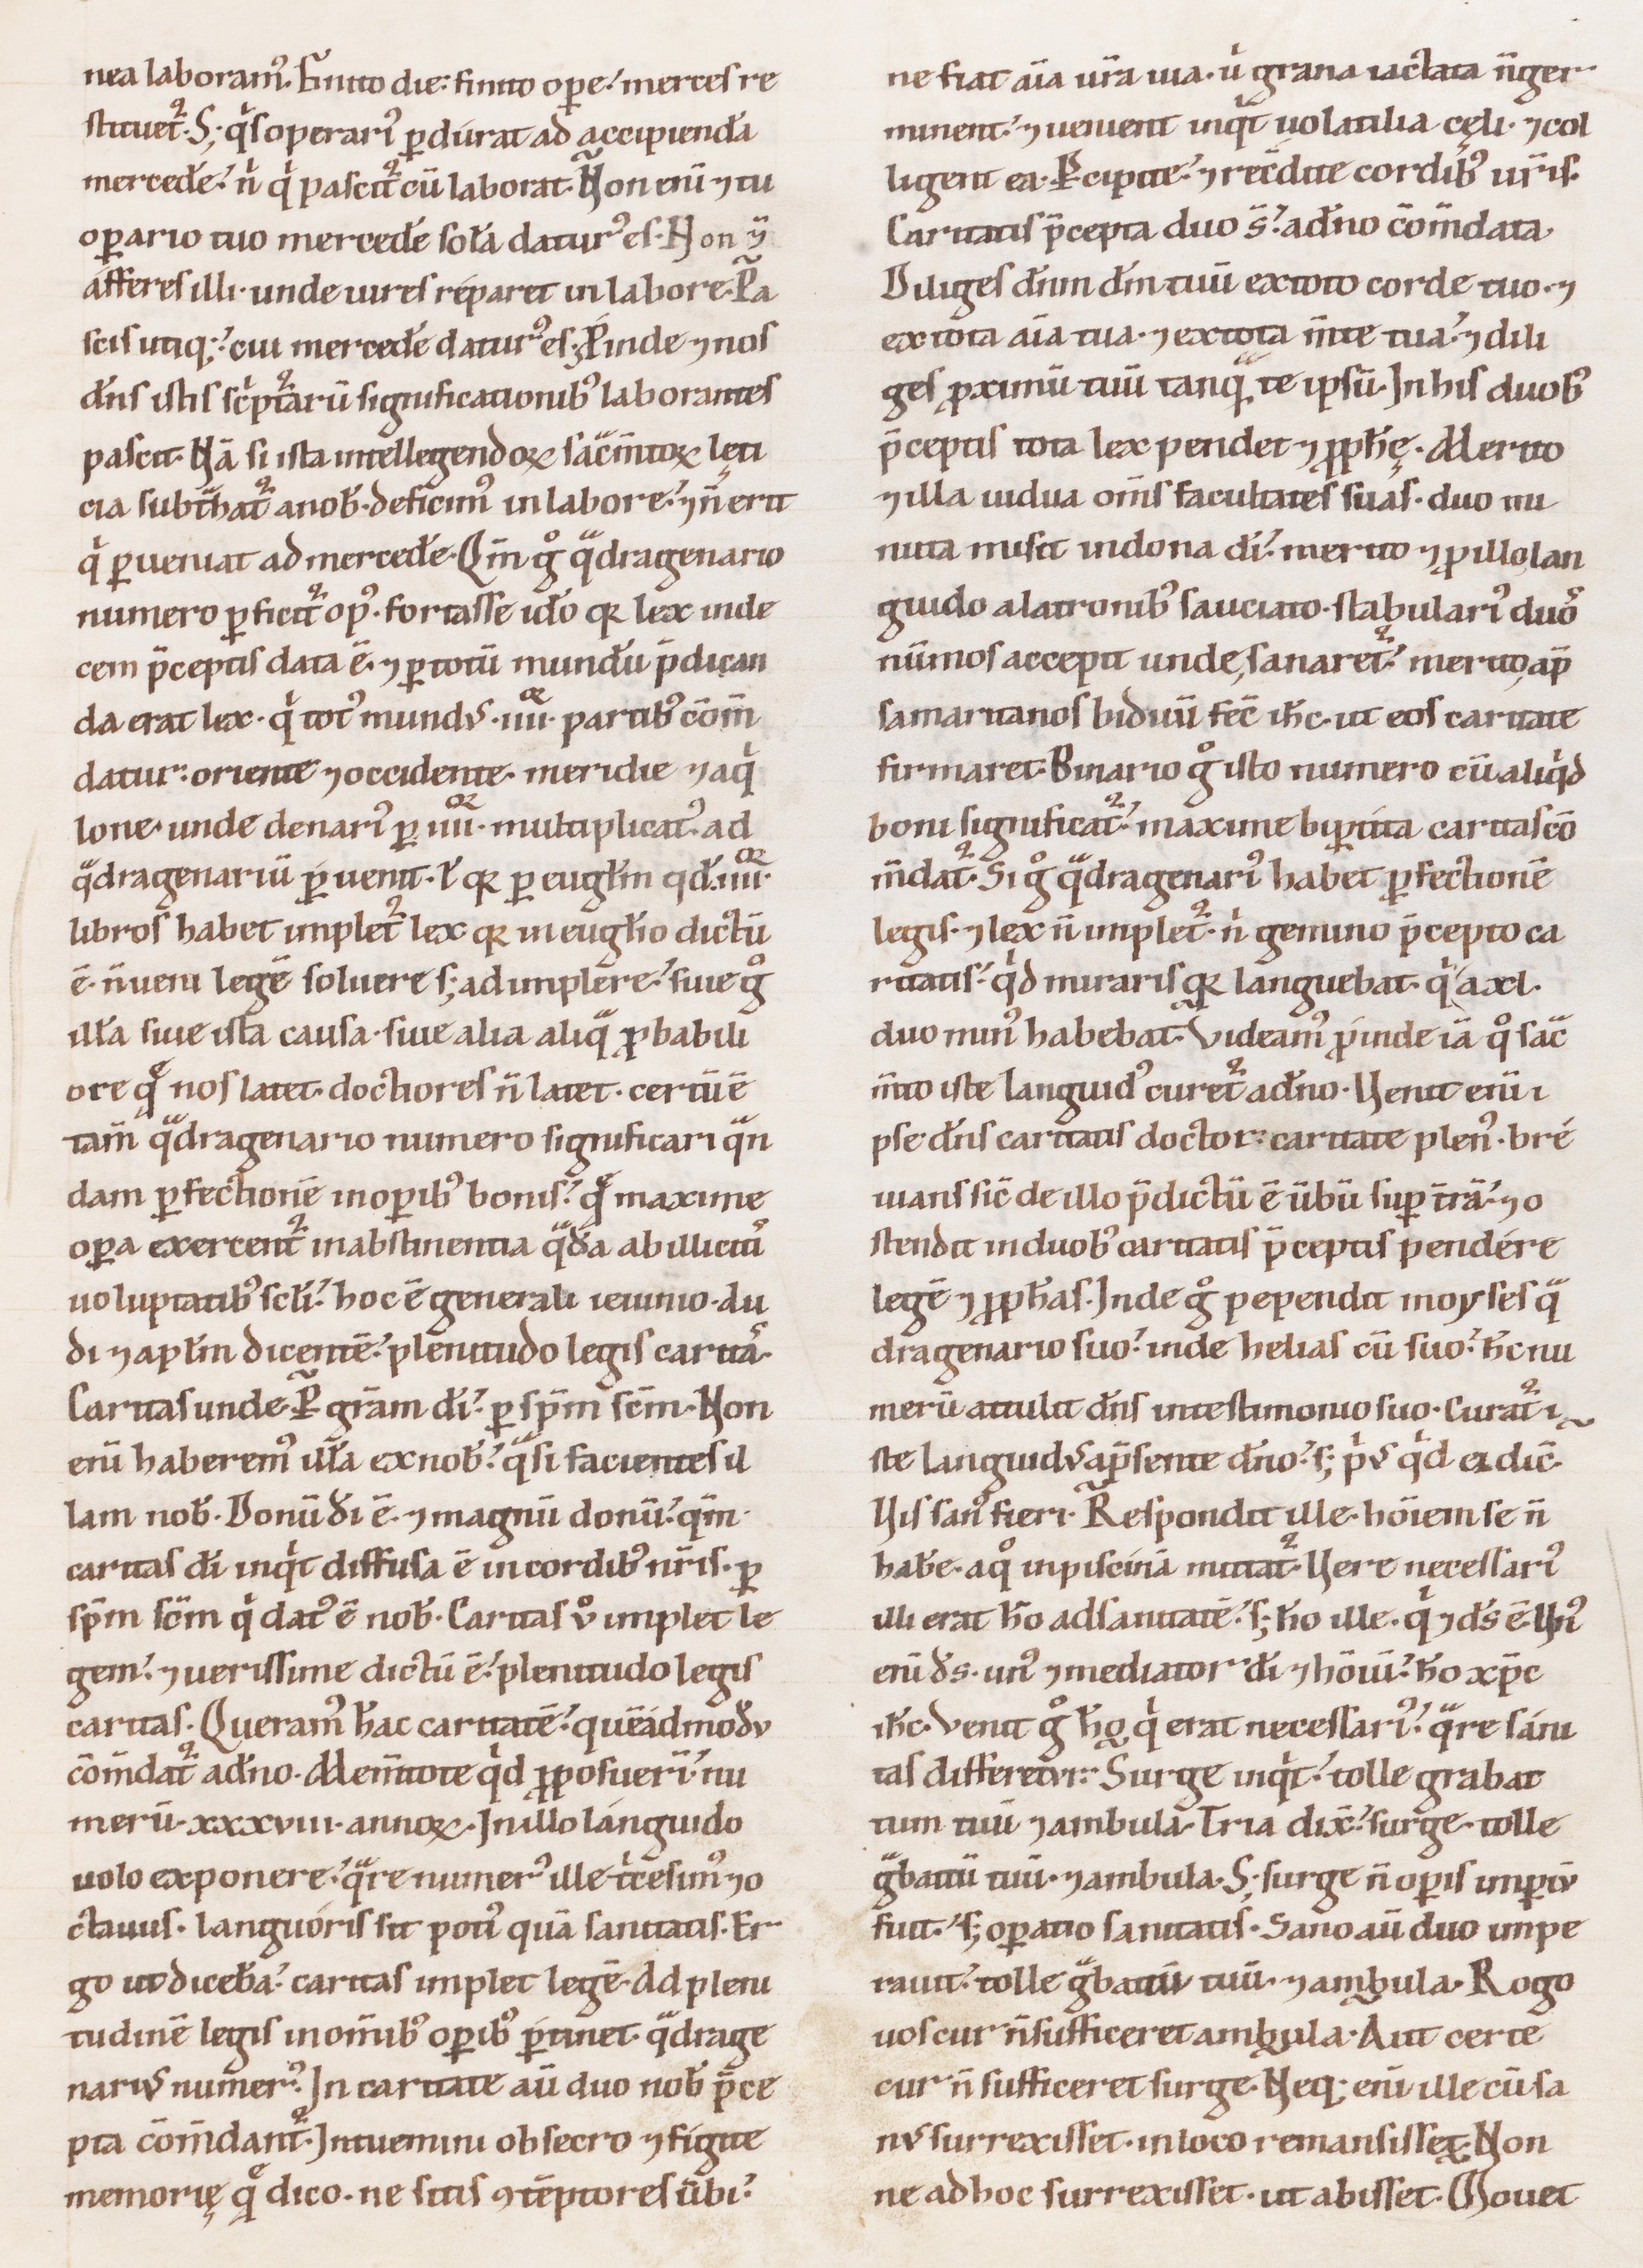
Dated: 1100–1199